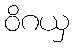
ဝိဂယှ